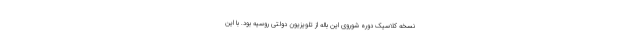
نسخه کلاسیک دوره شوروی این باله از تلویزیون دولتی روسیه بود. با این